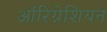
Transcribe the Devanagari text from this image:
ऑरिग्नेशियन